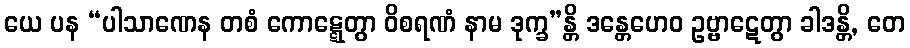
ယေ ပန “ပါသာဏေန တစံ ကောဋ္ဋေတွာ ဝိစရဏံ နာမ ဒုက္ခ”န္တိ ဒန္တေဟေဝ ဥဗ္ဗာဋေတွာ ခါဒန္တိ, တေ